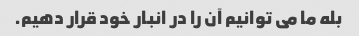
بله ما می توانیم آن را در انبار خود قرار دهیم.